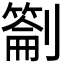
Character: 𭄕